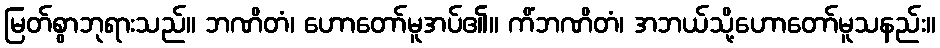
မြတ်စွာဘုရားသည်။ ဘဏိတံ၊ ဟောတော်မူအပ်၏။ ကိံဘဏိတံ၊ အဘယ်သို့ဟောတော်မူသနည်း။